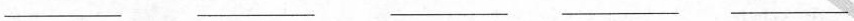
___ ___ ___ ___ ___